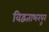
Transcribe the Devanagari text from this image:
विद्वताभरपूर